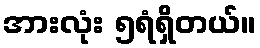
အားလုံး ၅ရံရှိတယ်။